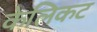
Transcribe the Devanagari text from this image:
केलिकट